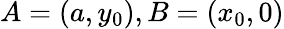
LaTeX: A=(a,y_{0}),B=(x_{0},0)